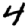
Digit: 4